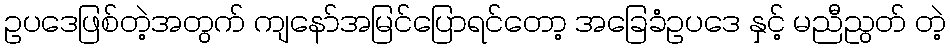
ဥပဒေဖြစ်တဲ့အတွက် ကျနော်အမြင်ပြောရင်တော့ အခြေခံဥပဒေ နှင့် မညီညွတ် တဲ့